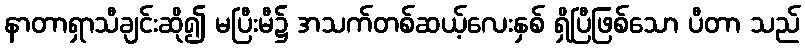
နာတာရှာသီချင်းဆို၍ မပြီးမီ၌ အသက်တစ်ဆယ့်လေးနှစ် ရှိပြီဖြစ်သော ပီတာ သည်